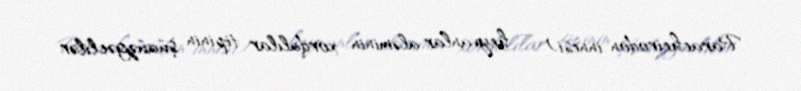
Paracheirodon innesi) — heyvanlar aləminin xordalılar tipinin şüaüzgəclilər